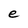
Character: e